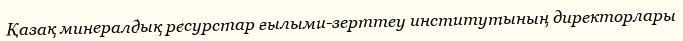
Қазақ минералдық ресурстар ғылыми-зерттеу институтының директорлары